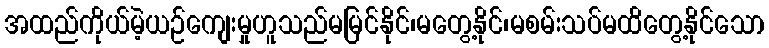
အထည်ကိုယ်မဲ့ယဉ်ကျေးမှုဟူသည်မမြင်နိုင်၊မတွေ့နိုင်၊မစမ်းသပ်မထိတွေ့နိုင်သော